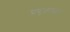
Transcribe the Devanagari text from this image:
प्रयुज्यमान